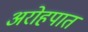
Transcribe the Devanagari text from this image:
अरोहपात